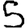
Digit: 5